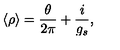
\langle \rho \rangle = \frac { \theta } { 2 \pi } + \frac { i } { g _ { s } } ,